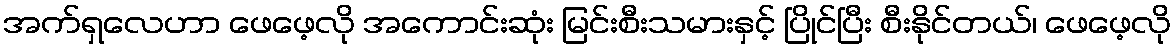
အက်ရှလေဟာ ဖေဖေ့လို အကောင်းဆုံး မြင်းစီးသမားနှင့် ပြိုင်ပြီး စီးနိုင်တယ်၊ ဖေဖေ့လို